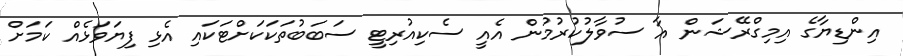
އިންޑިޔާގެ އިމިގްރޭޝަން އާ ސުވާލުކުރުމުން އެއީ ސެކިއުރިޓީ ސަބަބުތަކަކަށްޓަކައި އެޅި ފިޔަވަޅެއް ކަމަށް